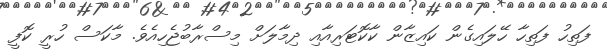
ފަތިހު ފަތިހާ ހޭލައިގެން ކައިޒާން ކާކޮޓަރިއާއި ދިމާލަށް މިސްރާބުޖެހިއެވެ. މާކަސް ހުރީ ކޮފީ